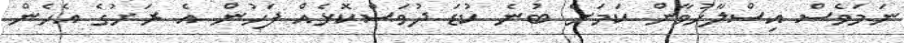
ނަމަވެސް އިސްލާހުވާން ކަމަށް ބުނެ ކުޑަ ދުވަސްކޮޅެއް ފަހުން އެ ރަށުގެ އެހެން